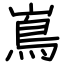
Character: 嶌